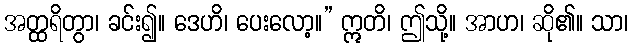
အတ္ထရိတွာ၊ ခင်း၍။ ဒေဟိ၊ ပေးလော့။” ဣတိ၊ ဤသို့။ အာဟ၊ ဆို၏။ သာ၊